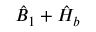
\hat { B } _ { 1 } + \hat { H } _ { b }